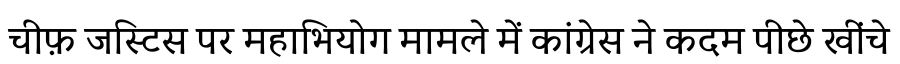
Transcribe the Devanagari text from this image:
चीफ़ जस्टिस पर महाभियोग मामले में कांग्रेस ने कदम पीछे खींचे